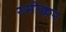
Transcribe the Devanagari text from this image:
स्मोक्वर